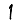
Digit: 1